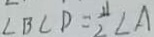
\angle B C D = \frac { 1 1 } { 2 } \angle A